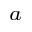
^ { a }